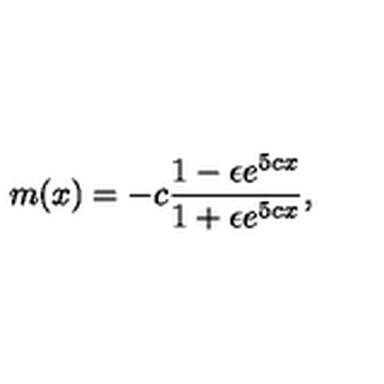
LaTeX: m ( x ) = - c \frac { 1 - \epsilon e ^ { 5 c x } } { 1 + \epsilon e ^ { 5 c x } } ,